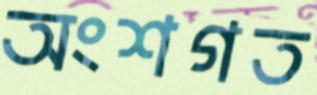
অংশগত